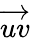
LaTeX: \overrightarrow{uv}